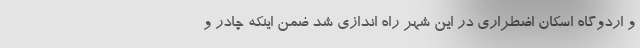
و اردوگاه اسکان اضطراری در این شهر راه اندازی شد ضمن اینکه چادر و